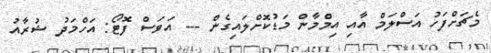
މެޗަށްފަހު އަސްލަމް އާއި އިމްމާން މަޑުކޮށްލައިގެން --- އަވަސް ފޮޓޯ: އަހްމަދު ޝުރާއު